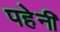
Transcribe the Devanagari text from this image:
पहेनी